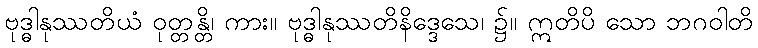
ဗုဒ္ဓါနုဿတိယံ ဝုတ္တန္တိ၊ ကား။ ဗုဒ္ဓါနုဿတိနိဒ္ဒေသေ၊ ၌။ ဣတိပိ သော ဘဂဝါတိ